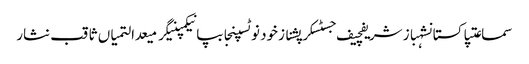
سماعتپاکستانشہباز شریفچیف جسٹسکرپشنازخود نوٹسپنجابپانیکمپنیگرمیعدالتمیاں ثاقب نثار